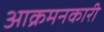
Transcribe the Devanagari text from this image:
आक्रमनकारी